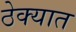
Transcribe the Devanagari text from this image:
ठेक्यात